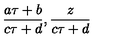
{ \frac { a \tau + b } { c \tau + d } } , { \frac { z } { c \tau + d } }